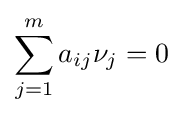
\sum _{j=1}^{m}a_{ij}\nu _{j}=0